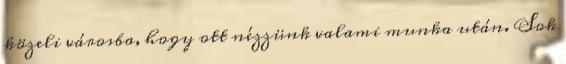
közeli városba, hogy ott nézzünk valami munka után. Sok